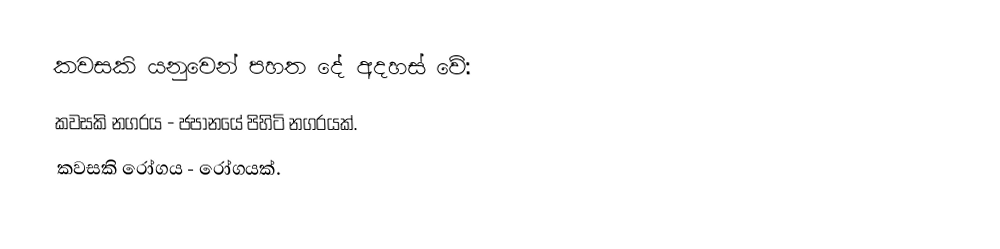
කවසකි යනුවෙන් පහත දේ අදහස් වේ:
 කවසකි නගරය - ජපානයේ පිහිටි නගරයක්.
 කවසකි රෝගය - රෝගයක්.